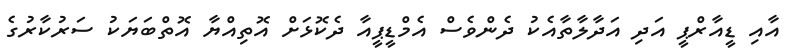
އާއި ޑީއާރްޕީ އަދި އަދާލާތާއެކު ދެންވެސް އެމްޑީޕީއާ ދެކޮޅަށް އޮތިއްޔާ އޮތްބަޔަކު ސަރުކާރުގެ